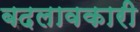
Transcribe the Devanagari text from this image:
बदलावकारी